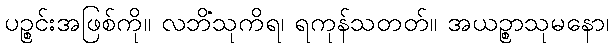
ပဉ္စင်းအဖြစ်ကို။ လဘိံသုကိရ၊ ရကုန်သတတ်။ အယဉ္စာသုမနော၊